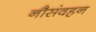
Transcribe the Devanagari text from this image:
नौसंवहन